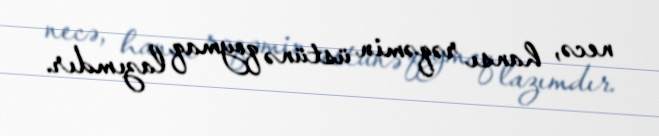
necə, hansı rəqəmin üstünə qoymaq lazımdır.